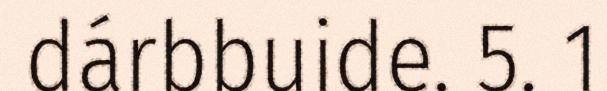
dárbbuide. 5. 1